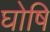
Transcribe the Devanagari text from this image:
घोषि